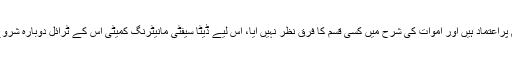
انہوں نے مزید کہا کہ اب ہم پراعتماد ہیں اور اموات کی شرح میں کسی قسم کا فرق نظر نہیں آیا، اس لیے ڈیٹا سیفٹی مانیٹرنگ کمیٹی اس کے ٹرائل دوبارہ شروع کرنے کا مشورہ دیتی ہے۔